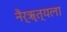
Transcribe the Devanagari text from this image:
नैर्ॠत्यला